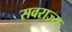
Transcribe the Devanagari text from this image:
सवराज्य